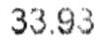
33.93